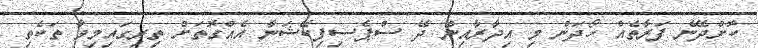
ކޮށްދޭނެ ފަރާތެއް ހޯދަން މި އިދާރާއިން ދޭ ސްޕެސިފިކޭޝަނާ އެއްގޮތަށް ތިރިގައިމިވާ ތަކެތި